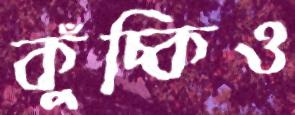
কুঁচ্‌কিও